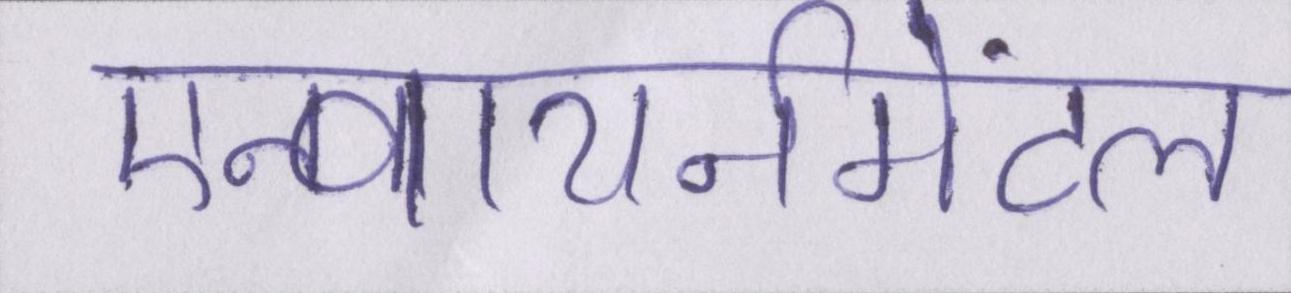
एन्वायर्नमेंटल